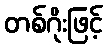
တစ်ဂိုးဖြင့်